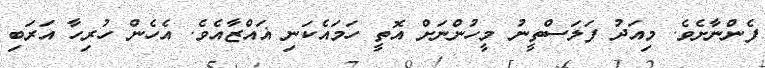
ފެންނާށެވެ. މިއަދު ފަލަސްތީނު މީހުންނަށް އޮތީ ހަމައެކަނި ޣައްޒާއެވެ. އެހެން ހުރިހާ އަރަބި